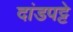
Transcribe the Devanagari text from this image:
दांडपट्टे